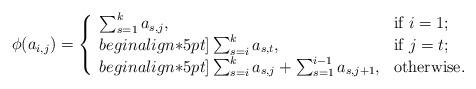
LaTeX: \begin{align*}\phi(a_{i,j})=\left\{\begin{array}{ll}\sum\nolimits_{s=1}^ka_{s,j}, & \hbox{if $i=1$;} \\begin{align*}5pt]\sum\nolimits_{s=i}^ka_{s,t}, & \hbox{if $j=t$;} \\begin{align*}5pt]\sum\nolimits_{s=i}^ka_{s,j}+\sum\nolimits_{s=1}^{i-1}a_{s,j+1}, & \hbox{otherwise.}\end{array}\right.\end{align*}